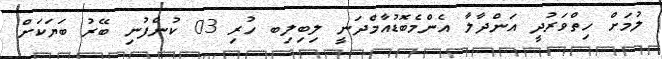
ލުމަށް ހިތްވަރުދީ އަންދާލާ އެންމެބޮޑުއާމްދަނީ ލިބިލިބ ހުރި 03 ކުންފުނި ބޭރު ބަޔަކަށް